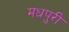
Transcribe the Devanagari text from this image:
मधपुरी